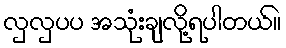
လှလှပပ အသုံးချလို့ရပါတယ်။